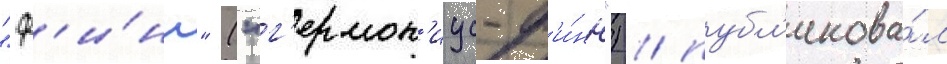
"ф'и́нн" ("г'ермон'иус-ф'и́нн") / публ'икова́л